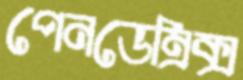
পেনডেম্রিক্স